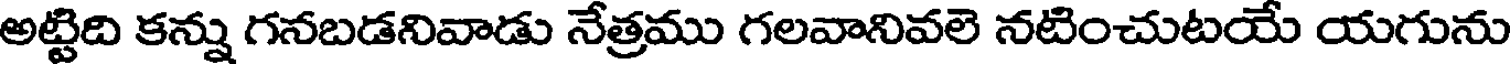
అట్టిది కన్ను గనబడనివాడు నేత్రము గలవానివలె నటించుటయే యగును